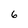
Character: 6